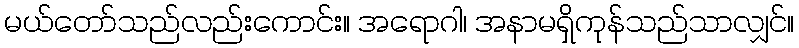
မယ်တော်သည်လည်းကောင်း။ အရောဂါ၊ အနာမရှိကုန်သည်သာလျှင်။